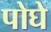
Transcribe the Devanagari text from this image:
पोघे